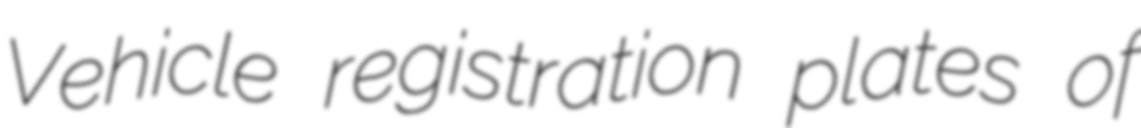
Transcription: Vehicle registration plates of